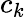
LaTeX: c_{k}